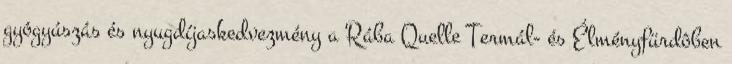
gyógyúszás és nyugdíjaskedvezmény a Rába Quelle Termál- és Élményfürdôben